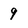
Character: 9